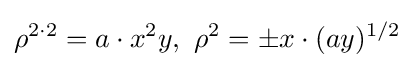
\rho ^{2\cdot 2}=a\cdot x^{2}y,\,\,\rho ^{2}=\pm x\cdot (ay)^{1/2}